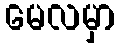
မေလမှာ